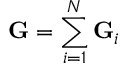
\mathbf { G } = \sum _ { i = 1 } ^ { N } \mathbf { G } _ { i }